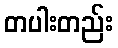
တပါးတည်း